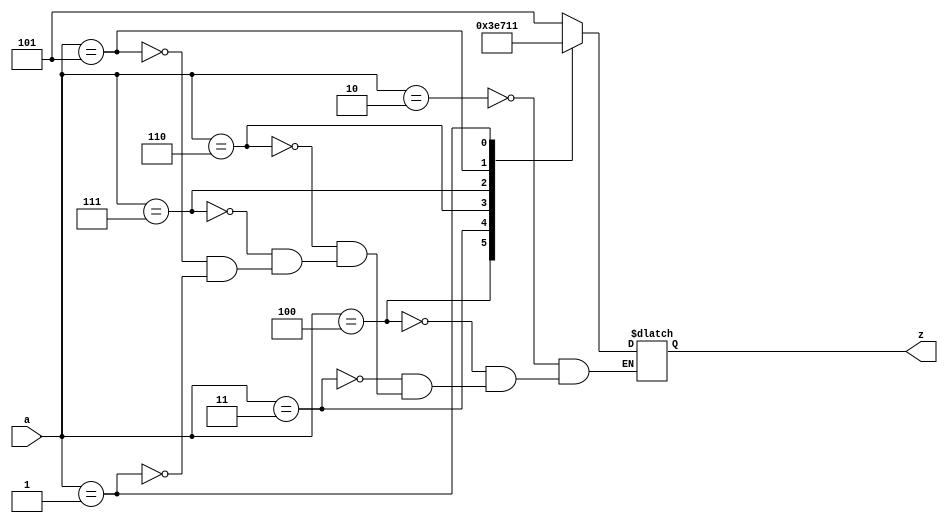

`timescale 1ns/100ps

module gf8inv(
    input       [2:0] a,
    output  reg [2:0] z
);
always @(*)
begin
    case (a)
        3'd  2 : z = 3'd  5; 
        3'd  4 : z = 3'd  7; 
        3'd  3 : z = 3'd  6; 
        3'd  6 : z = 3'd  3; 
        3'd  7 : z = 3'd  4; 
        3'd  5 : z = 3'd  2; 
        3'd  1 : z = 3'd  1; 
    endcase
end
endmodule


module gf16inv(
    input       [3:0] a,
    output  reg [3:0] z
);
always @(*)
begin
    case (a)
        4'd  2 : z = 4'd  9; 
        4'd  4 : z = 4'd 13; 
        4'd  8 : z = 4'd 15; 
        4'd  3 : z = 4'd 14; 
        4'd  6 : z = 4'd  7; 
        4'd 12 : z = 4'd 10; 
        4'd 11 : z = 4'd  5; 
        4'd  5 : z = 4'd 11; 
        4'd 10 : z = 4'd 12; 
        4'd  7 : z = 4'd  6; 
        4'd 14 : z = 4'd  3; 
        4'd 15 : z = 4'd  8; 
        4'd 13 : z = 4'd  4; 
        4'd  9 : z = 4'd  2; 
        4'd  1 : z = 4'd  1; 
    endcase
end
endmodule


module gf32inv(
    input       [4:0] a,
    output  reg [4:0] z
);
always @(*)
begin
    case (a)
        5'd  2 : z = 5'd 18; 
        5'd  4 : z = 5'd  9; 
        5'd  8 : z = 5'd 22; 
        5'd 16 : z = 5'd 11; 
        5'd  5 : z = 5'd 23; 
        5'd 10 : z = 5'd 25; 
        5'd 20 : z = 5'd 30; 
        5'd 13 : z = 5'd 15; 
        5'd 26 : z = 5'd 21; 
        5'd 17 : z = 5'd 24; 
        5'd  7 : z = 5'd 12; 
        5'd 14 : z = 5'd  6; 
        5'd 28 : z = 5'd  3; 
        5'd 29 : z = 5'd 19; 
        5'd 31 : z = 5'd 27; 
        5'd 27 : z = 5'd 31; 
        5'd 19 : z = 5'd 29; 
        5'd  3 : z = 5'd 28; 
        5'd  6 : z = 5'd 14; 
        5'd 12 : z = 5'd  7; 
        5'd 24 : z = 5'd 17; 
        5'd 21 : z = 5'd 26; 
        5'd 15 : z = 5'd 13; 
        5'd 30 : z = 5'd 20; 
        5'd 25 : z = 5'd 10; 
        5'd 23 : z = 5'd  5; 
        5'd 11 : z = 5'd 16; 
        5'd 22 : z = 5'd  8; 
        5'd  9 : z = 5'd  4; 
        5'd 18 : z = 5'd  2; 
        5'd  1 : z = 5'd  1; 
    endcase
end
endmodule


module gf128inv(
    input       [6:0] a,
    output  reg [6:0] z
);
always @(*)
begin
    case (a)
        7'd  2 : z = 7'd 68; 
        7'd  4 : z = 7'd 34; 
        7'd  8 : z = 7'd 17; 
        7'd 16 : z = 7'd 76; 
        7'd 32 : z = 7'd 38; 
        7'd 64 : z = 7'd 19; 
        7'd  9 : z = 7'd 77; 
        7'd 18 : z = 7'd 98; 
        7'd 36 : z = 7'd 49; 
        7'd 72 : z = 7'd 92; 
        7'd 25 : z = 7'd 46; 
        7'd 50 : z = 7'd 23; 
        7'd100 : z = 7'd 79; 
        7'd 65 : z = 7'd 99; 
        7'd 11 : z = 7'd117; 
        7'd 22 : z = 7'd126; 
        7'd 44 : z = 7'd 63; 
        7'd 88 : z = 7'd 91; 
        7'd 57 : z = 7'd105; 
        7'd114 : z = 7'd112; 
        7'd109 : z = 7'd 56; 
        7'd 83 : z = 7'd 28; 
        7'd 47 : z = 7'd 14; 
        7'd 94 : z = 7'd  7; 
        7'd 53 : z = 7'd 71; 
        7'd106 : z = 7'd103; 
        7'd 93 : z = 7'd119; 
        7'd 51 : z = 7'd127; 
        7'd102 : z = 7'd123; 
        7'd 69 : z = 7'd121; 
        7'd  3 : z = 7'd120; 
        7'd  6 : z = 7'd 60; 
        7'd 12 : z = 7'd 30; 
        7'd 24 : z = 7'd 15; 
        7'd 48 : z = 7'd 67; 
        7'd 96 : z = 7'd101; 
        7'd 73 : z = 7'd118; 
        7'd 27 : z = 7'd 59; 
        7'd 54 : z = 7'd 89; 
        7'd108 : z = 7'd104; 
        7'd 81 : z = 7'd 52; 
        7'd 43 : z = 7'd 26; 
        7'd 86 : z = 7'd 13; 
        7'd 37 : z = 7'd 66; 
        7'd 74 : z = 7'd 33; 
        7'd 29 : z = 7'd 84; 
        7'd 58 : z = 7'd 42; 
        7'd116 : z = 7'd 21; 
        7'd 97 : z = 7'd 78; 
        7'd 75 : z = 7'd 39; 
        7'd 31 : z = 7'd 87; 
        7'd 62 : z = 7'd111; 
        7'd124 : z = 7'd115; 
        7'd113 : z = 7'd125; 
        7'd107 : z = 7'd122; 
        7'd 95 : z = 7'd 61; 
        7'd 55 : z = 7'd 90; 
        7'd110 : z = 7'd 45; 
        7'd 85 : z = 7'd 82; 
        7'd 35 : z = 7'd 41; 
        7'd 70 : z = 7'd 80; 
        7'd  5 : z = 7'd 40; 
        7'd 10 : z = 7'd 20; 
        7'd 20 : z = 7'd 10; 
        7'd 40 : z = 7'd  5; 
        7'd 80 : z = 7'd 70; 
        7'd 41 : z = 7'd 35; 
        7'd 82 : z = 7'd 85; 
        7'd 45 : z = 7'd110; 
        7'd 90 : z = 7'd 55; 
        7'd 61 : z = 7'd 95; 
        7'd122 : z = 7'd107; 
        7'd125 : z = 7'd113; 
        7'd115 : z = 7'd124; 
        7'd111 : z = 7'd 62; 
        7'd 87 : z = 7'd 31; 
        7'd 39 : z = 7'd 75; 
        7'd 78 : z = 7'd 97; 
        7'd 21 : z = 7'd116; 
        7'd 42 : z = 7'd 58; 
        7'd 84 : z = 7'd 29; 
        7'd 33 : z = 7'd 74; 
        7'd 66 : z = 7'd 37; 
        7'd 13 : z = 7'd 86; 
        7'd 26 : z = 7'd 43; 
        7'd 52 : z = 7'd 81; 
        7'd104 : z = 7'd108; 
        7'd 89 : z = 7'd 54; 
        7'd 59 : z = 7'd 27; 
        7'd118 : z = 7'd 73; 
        7'd101 : z = 7'd 96; 
        7'd 67 : z = 7'd 48; 
        7'd 15 : z = 7'd 24; 
        7'd 30 : z = 7'd 12; 
        7'd 60 : z = 7'd  6; 
        7'd120 : z = 7'd  3; 
        7'd121 : z = 7'd 69; 
        7'd123 : z = 7'd102; 
        7'd127 : z = 7'd 51; 
        7'd119 : z = 7'd 93; 
        7'd103 : z = 7'd106; 
        7'd 71 : z = 7'd 53; 
        7'd  7 : z = 7'd 94; 
        7'd 14 : z = 7'd 47; 
        7'd 28 : z = 7'd 83; 
        7'd 56 : z = 7'd109; 
        7'd112 : z = 7'd114; 
        7'd105 : z = 7'd 57; 
        7'd 91 : z = 7'd 88; 
        7'd 63 : z = 7'd 44; 
        7'd126 : z = 7'd 22; 
        7'd117 : z = 7'd 11; 
        7'd 99 : z = 7'd 65; 
        7'd 79 : z = 7'd100; 
        7'd 23 : z = 7'd 50; 
        7'd 46 : z = 7'd 25; 
        7'd 92 : z = 7'd 72; 
        7'd 49 : z = 7'd 36; 
        7'd 98 : z = 7'd 18; 
        7'd 77 : z = 7'd  9; 
        7'd 19 : z = 7'd 64; 
        7'd 38 : z = 7'd 32; 
        7'd 76 : z = 7'd 16; 
        7'd 17 : z = 7'd  8; 
        7'd 34 : z = 7'd  4; 
        7'd 68 : z = 7'd  2; 
        7'd  1 : z = 7'd  1; 
    endcase
end
endmodule


module gf64inv(
    input       [5:0] a,
    output  reg [5:0] z
);
always @(*)
begin
    case (a)
        6'd  2 : z = 6'd 33; 
        6'd  4 : z = 6'd 49; 
        6'd  8 : z = 6'd 57; 
        6'd 16 : z = 6'd 61; 
        6'd 32 : z = 6'd 63; 
        6'd  3 : z = 6'd 62; 
        6'd  6 : z = 6'd 31; 
        6'd 12 : z = 6'd 46; 
        6'd 24 : z = 6'd 23; 
        6'd 48 : z = 6'd 42; 
        6'd 35 : z = 6'd 21; 
        6'd  5 : z = 6'd 43; 
        6'd 10 : z = 6'd 52; 
        6'd 20 : z = 6'd 26; 
        6'd 40 : z = 6'd 13; 
        6'd 19 : z = 6'd 39; 
        6'd 38 : z = 6'd 50; 
        6'd 15 : z = 6'd 25; 
        6'd 30 : z = 6'd 45; 
        6'd 60 : z = 6'd 55; 
        6'd 59 : z = 6'd 58; 
        6'd 53 : z = 6'd 29; 
        6'd 41 : z = 6'd 47; 
        6'd 17 : z = 6'd 54; 
        6'd 34 : z = 6'd 27; 
        6'd  7 : z = 6'd 44; 
        6'd 14 : z = 6'd 22; 
        6'd 28 : z = 6'd 11; 
        6'd 56 : z = 6'd 36; 
        6'd 51 : z = 6'd 18; 
        6'd 37 : z = 6'd  9; 
        6'd  9 : z = 6'd 37; 
        6'd 18 : z = 6'd 51; 
        6'd 36 : z = 6'd 56; 
        6'd 11 : z = 6'd 28; 
        6'd 22 : z = 6'd 14; 
        6'd 44 : z = 6'd  7; 
        6'd 27 : z = 6'd 34; 
        6'd 54 : z = 6'd 17; 
        6'd 47 : z = 6'd 41; 
        6'd 29 : z = 6'd 53; 
        6'd 58 : z = 6'd 59; 
        6'd 55 : z = 6'd 60; 
        6'd 45 : z = 6'd 30; 
        6'd 25 : z = 6'd 15; 
        6'd 50 : z = 6'd 38; 
        6'd 39 : z = 6'd 19; 
        6'd 13 : z = 6'd 40; 
        6'd 26 : z = 6'd 20; 
        6'd 52 : z = 6'd 10; 
        6'd 43 : z = 6'd  5; 
        6'd 21 : z = 6'd 35; 
        6'd 42 : z = 6'd 48; 
        6'd 23 : z = 6'd 24; 
        6'd 46 : z = 6'd 12; 
        6'd 31 : z = 6'd  6; 
        6'd 62 : z = 6'd  3; 
        6'd 63 : z = 6'd 32; 
        6'd 61 : z = 6'd 16; 
        6'd 57 : z = 6'd  8; 
        6'd 49 : z = 6'd  4; 
        6'd 33 : z = 6'd  2; 
        6'd  1 : z = 6'd  1; 
    endcase
end
endmodule


module gf256inv(
    input       [7:0] a,
    output  reg [7:0] z
);
always @(*)
begin
    case (a)
        8'd  2 : z = 8'd142; 
        8'd  4 : z = 8'd 71; 
        8'd  8 : z = 8'd173; 
        8'd 16 : z = 8'd216; 
        8'd 32 : z = 8'd108; 
        8'd 64 : z = 8'd 54; 
        8'd128 : z = 8'd 27; 
        8'd 29 : z = 8'd131; 
        8'd 58 : z = 8'd207; 
        8'd116 : z = 8'd233; 
        8'd232 : z = 8'd250; 
        8'd205 : z = 8'd125; 
        8'd135 : z = 8'd176; 
        8'd 19 : z = 8'd 88; 
        8'd 38 : z = 8'd 44; 
        8'd 76 : z = 8'd 22; 
        8'd152 : z = 8'd 11; 
        8'd 45 : z = 8'd139; 
        8'd 90 : z = 8'd203; 
        8'd180 : z = 8'd235; 
        8'd117 : z = 8'd251; 
        8'd234 : z = 8'd243; 
        8'd201 : z = 8'd247; 
        8'd143 : z = 8'd245; 
        8'd  3 : z = 8'd244; 
        8'd  6 : z = 8'd122; 
        8'd 12 : z = 8'd 61; 
        8'd 24 : z = 8'd144; 
        8'd 48 : z = 8'd 72; 
        8'd 96 : z = 8'd 36; 
        8'd192 : z = 8'd 18; 
        8'd157 : z = 8'd  9; 
        8'd 39 : z = 8'd138; 
        8'd 78 : z = 8'd 69; 
        8'd156 : z = 8'd172; 
        8'd 37 : z = 8'd 86; 
        8'd 74 : z = 8'd 43; 
        8'd148 : z = 8'd155; 
        8'd 53 : z = 8'd195; 
        8'd106 : z = 8'd239; 
        8'd212 : z = 8'd249; 
        8'd181 : z = 8'd242; 
        8'd119 : z = 8'd121; 
        8'd238 : z = 8'd178; 
        8'd193 : z = 8'd 89; 
        8'd159 : z = 8'd162; 
        8'd 35 : z = 8'd 81; 
        8'd 70 : z = 8'd166; 
        8'd140 : z = 8'd 83; 
        8'd  5 : z = 8'd167; 
        8'd 10 : z = 8'd221; 
        8'd 20 : z = 8'd224; 
        8'd 40 : z = 8'd112; 
        8'd 80 : z = 8'd 56; 
        8'd160 : z = 8'd 28; 
        8'd 93 : z = 8'd 14; 
        8'd186 : z = 8'd  7; 
        8'd105 : z = 8'd141; 
        8'd210 : z = 8'd200; 
        8'd185 : z = 8'd100; 
        8'd111 : z = 8'd 50; 
        8'd222 : z = 8'd 25; 
        8'd161 : z = 8'd130; 
        8'd 95 : z = 8'd 65; 
        8'd190 : z = 8'd174; 
        8'd 97 : z = 8'd 87; 
        8'd194 : z = 8'd165; 
        8'd153 : z = 8'd220; 
        8'd 47 : z = 8'd110; 
        8'd 94 : z = 8'd 55; 
        8'd188 : z = 8'd149; 
        8'd101 : z = 8'd196; 
        8'd202 : z = 8'd 98; 
        8'd137 : z = 8'd 49; 
        8'd 15 : z = 8'd150; 
        8'd 30 : z = 8'd 75; 
        8'd 60 : z = 8'd171; 
        8'd120 : z = 8'd219; 
        8'd240 : z = 8'd227; 
        8'd253 : z = 8'd255; 
        8'd231 : z = 8'd241; 
        8'd211 : z = 8'd246; 
        8'd187 : z = 8'd123; 
        8'd107 : z = 8'd179; 
        8'd214 : z = 8'd215; 
        8'd177 : z = 8'd229; 
        8'd127 : z = 8'd252; 
        8'd254 : z = 8'd126; 
        8'd225 : z = 8'd 63; 
        8'd223 : z = 8'd145; 
        8'd163 : z = 8'd198; 
        8'd 91 : z = 8'd 99; 
        8'd182 : z = 8'd191; 
        8'd113 : z = 8'd209; 
        8'd226 : z = 8'd230; 
        8'd217 : z = 8'd115; 
        8'd175 : z = 8'd183; 
        8'd 67 : z = 8'd213; 
        8'd134 : z = 8'd228; 
        8'd 17 : z = 8'd114; 
        8'd 34 : z = 8'd 57; 
        8'd 68 : z = 8'd146; 
        8'd136 : z = 8'd 73; 
        8'd 13 : z = 8'd170; 
        8'd 26 : z = 8'd 85; 
        8'd 52 : z = 8'd164; 
        8'd104 : z = 8'd 82; 
        8'd208 : z = 8'd 41; 
        8'd189 : z = 8'd154; 
        8'd103 : z = 8'd 77; 
        8'd206 : z = 8'd168; 
        8'd129 : z = 8'd 84; 
        8'd 31 : z = 8'd 42; 
        8'd 62 : z = 8'd 21; 
        8'd124 : z = 8'd132; 
        8'd248 : z = 8'd 66; 
        8'd237 : z = 8'd 33; 
        8'd199 : z = 8'd158; 
        8'd147 : z = 8'd 79; 
        8'd 59 : z = 8'd169; 
        8'd118 : z = 8'd218; 
        8'd236 : z = 8'd109; 
        8'd197 : z = 8'd184; 
        8'd151 : z = 8'd 92; 
        8'd 51 : z = 8'd 46; 
        8'd102 : z = 8'd 23; 
        8'd204 : z = 8'd133; 
        8'd133 : z = 8'd204; 
        8'd 23 : z = 8'd102; 
        8'd 46 : z = 8'd 51; 
        8'd 92 : z = 8'd151; 
        8'd184 : z = 8'd197; 
        8'd109 : z = 8'd236; 
        8'd218 : z = 8'd118; 
        8'd169 : z = 8'd 59; 
        8'd 79 : z = 8'd147; 
        8'd158 : z = 8'd199; 
        8'd 33 : z = 8'd237; 
        8'd 66 : z = 8'd248; 
        8'd132 : z = 8'd124; 
        8'd 21 : z = 8'd 62; 
        8'd 42 : z = 8'd 31; 
        8'd 84 : z = 8'd129; 
        8'd168 : z = 8'd206; 
        8'd 77 : z = 8'd103; 
        8'd154 : z = 8'd189; 
        8'd 41 : z = 8'd208; 
        8'd 82 : z = 8'd104; 
        8'd164 : z = 8'd 52; 
        8'd 85 : z = 8'd 26; 
        8'd170 : z = 8'd 13; 
        8'd 73 : z = 8'd136; 
        8'd146 : z = 8'd 68; 
        8'd 57 : z = 8'd 34; 
        8'd114 : z = 8'd 17; 
        8'd228 : z = 8'd134; 
        8'd213 : z = 8'd 67; 
        8'd183 : z = 8'd175; 
        8'd115 : z = 8'd217; 
        8'd230 : z = 8'd226; 
        8'd209 : z = 8'd113; 
        8'd191 : z = 8'd182; 
        8'd 99 : z = 8'd 91; 
        8'd198 : z = 8'd163; 
        8'd145 : z = 8'd223; 
        8'd 63 : z = 8'd225; 
        8'd126 : z = 8'd254; 
        8'd252 : z = 8'd127; 
        8'd229 : z = 8'd177; 
        8'd215 : z = 8'd214; 
        8'd179 : z = 8'd107; 
        8'd123 : z = 8'd187; 
        8'd246 : z = 8'd211; 
        8'd241 : z = 8'd231; 
        8'd255 : z = 8'd253; 
        8'd227 : z = 8'd240; 
        8'd219 : z = 8'd120; 
        8'd171 : z = 8'd 60; 
        8'd 75 : z = 8'd 30; 
        8'd150 : z = 8'd 15; 
        8'd 49 : z = 8'd137; 
        8'd 98 : z = 8'd202; 
        8'd196 : z = 8'd101; 
        8'd149 : z = 8'd188; 
        8'd 55 : z = 8'd 94; 
        8'd110 : z = 8'd 47; 
        8'd220 : z = 8'd153; 
        8'd165 : z = 8'd194; 
        8'd 87 : z = 8'd 97; 
        8'd174 : z = 8'd190; 
        8'd 65 : z = 8'd 95; 
        8'd130 : z = 8'd161; 
        8'd 25 : z = 8'd222; 
        8'd 50 : z = 8'd111; 
        8'd100 : z = 8'd185; 
        8'd200 : z = 8'd210; 
        8'd141 : z = 8'd105; 
        8'd  7 : z = 8'd186; 
        8'd 14 : z = 8'd 93; 
        8'd 28 : z = 8'd160; 
        8'd 56 : z = 8'd 80; 
        8'd112 : z = 8'd 40; 
        8'd224 : z = 8'd 20; 
        8'd221 : z = 8'd 10; 
        8'd167 : z = 8'd  5; 
        8'd 83 : z = 8'd140; 
        8'd166 : z = 8'd 70; 
        8'd 81 : z = 8'd 35; 
        8'd162 : z = 8'd159; 
        8'd 89 : z = 8'd193; 
        8'd178 : z = 8'd238; 
        8'd121 : z = 8'd119; 
        8'd242 : z = 8'd181; 
        8'd249 : z = 8'd212; 
        8'd239 : z = 8'd106; 
        8'd195 : z = 8'd 53; 
        8'd155 : z = 8'd148; 
        8'd 43 : z = 8'd 74; 
        8'd 86 : z = 8'd 37; 
        8'd172 : z = 8'd156; 
        8'd 69 : z = 8'd 78; 
        8'd138 : z = 8'd 39; 
        8'd  9 : z = 8'd157; 
        8'd 18 : z = 8'd192; 
        8'd 36 : z = 8'd 96; 
        8'd 72 : z = 8'd 48; 
        8'd144 : z = 8'd 24; 
        8'd 61 : z = 8'd 12; 
        8'd122 : z = 8'd  6; 
        8'd244 : z = 8'd  3; 
        8'd245 : z = 8'd143; 
        8'd247 : z = 8'd201; 
        8'd243 : z = 8'd234; 
        8'd251 : z = 8'd117; 
        8'd235 : z = 8'd180; 
        8'd203 : z = 8'd 90; 
        8'd139 : z = 8'd 45; 
        8'd 11 : z = 8'd152; 
        8'd 22 : z = 8'd 76; 
        8'd 44 : z = 8'd 38; 
        8'd 88 : z = 8'd 19; 
        8'd176 : z = 8'd135; 
        8'd125 : z = 8'd205; 
        8'd250 : z = 8'd232; 
        8'd233 : z = 8'd116; 
        8'd207 : z = 8'd 58; 
        8'd131 : z = 8'd 29; 
        8'd 27 : z = 8'd128; 
        8'd 54 : z = 8'd 64; 
        8'd108 : z = 8'd 32; 
        8'd216 : z = 8'd 16; 
        8'd173 : z = 8'd  8; 
        8'd 71 : z = 8'd  4; 
        8'd142 : z = 8'd  2; 
        8'd  1 : z = 8'd  1; 

    endcase
end
endmodule

/*
`timescale 1ns/100ps
module gf256inv(
       input [7:0] a,
       output reg [7:0] z
       );
                                                                             
always @( * ) begin
  case (a) 
	8'h00: z = 8'h00;   //actually, there are no inverse for 0.
	8'h02: z = 8'h8e;   //a^1
	8'h04: z = 8'h47;   //a^2
	8'h08: z = 8'had;
	8'h10: z = 8'hd8;
	8'h20: z = 8'h6c;
	8'h40: z = 8'h36;
	8'h80: z = 8'h1b;
	8'h1d: z = 8'h83;
	8'h3a: z = 8'hcf;
	8'h74: z = 8'he9;
	8'he8: z = 8'hfa;
	8'hcd: z = 8'h7d;
	8'h87: z = 8'hb0;
	8'h13: z = 8'h58;
	8'h26: z = 8'h2c;
	8'h4c: z = 8'h16;
	8'h98: z = 8'h0b;
	8'h2d: z = 8'h8b;
	8'h5a: z = 8'hcb;
	8'hb4: z = 8'heb;
	8'h75: z = 8'hfb;
	8'hea: z = 8'hf3;
	8'hc9: z = 8'hf7;
	8'h8f: z = 8'hf5;
	8'h03: z = 8'hf4;
	8'h06: z = 8'h7a;
	8'h0c: z = 8'h3d;
	8'h18: z = 8'h90;
	8'h30: z = 8'h48;
	8'h60: z = 8'h24;
	8'hc0: z = 8'h12;
	8'h9d: z = 8'h09;
	8'h27: z = 8'h8a;
	8'h4e: z = 8'h45;
	8'h9c: z = 8'hac;
	8'h25: z = 8'h56;
	8'h4a: z = 8'h2b;
	8'h94: z = 8'h9b;
	8'h35: z = 8'hc3;
	8'h6a: z = 8'hef;
	8'hd4: z = 8'hf9;
	8'hb5: z = 8'hf2;
	8'h77: z = 8'h79;
	8'hee: z = 8'hb2;
	8'hc1: z = 8'h59;
	8'h9f: z = 8'ha2;
	8'h23: z = 8'h51;
	8'h46: z = 8'ha6;
	8'h8c: z = 8'h53;
	8'h05: z = 8'ha7;
	8'h0a: z = 8'hdd;
	8'h14: z = 8'he0;
	8'h28: z = 8'h70;
	8'h50: z = 8'h38;
	8'ha0: z = 8'h1c;
	8'h5d: z = 8'h0e;
	8'hba: z = 8'h07;
	8'h69: z = 8'h8d;
	8'hd2: z = 8'hc8;
	8'hb9: z = 8'h64;
	8'h6f: z = 8'h32;
	8'hde: z = 8'h19;
	8'ha1: z = 8'h82;
	8'h5f: z = 8'h41;
	8'hbe: z = 8'hae;
	8'h61: z = 8'h57;
	8'hc2: z = 8'ha5;
	8'h99: z = 8'hdc;
	8'h2f: z = 8'h6e;
	8'h5e: z = 8'h37;
	8'hbc: z = 8'h95;
	8'h65: z = 8'hc4;
	8'hca: z = 8'h62;
	8'h89: z = 8'h31;
	8'h0f: z = 8'h96;
	8'h1e: z = 8'h4b;
	8'h3c: z = 8'hab;
	8'h78: z = 8'hdb;
	8'hf0: z = 8'he3;
	8'hfd: z = 8'hff;
	8'he7: z = 8'hf1;
	8'hd3: z = 8'hf6;
	8'hbb: z = 8'h7b;
	8'h6b: z = 8'hb3;
	8'hd6: z = 8'hd7;
	8'hb1: z = 8'he5;
	8'h7f: z = 8'hfc;
	8'hfe: z = 8'h7e;
	8'he1: z = 8'h3f;
	8'hdf: z = 8'h91;
	8'ha3: z = 8'hc6;
	8'h5b: z = 8'h63;
	8'hb6: z = 8'hbf;
	8'h71: z = 8'hd1;
	8'he2: z = 8'he6;
	8'hd9: z = 8'h73;
	8'haf: z = 8'hb7;
	8'h43: z = 8'hd5;
	8'h86: z = 8'he4;
	8'h11: z = 8'h72;
	8'h22: z = 8'h39;
	8'h44: z = 8'h92;
	8'h88: z = 8'h49;
	8'h0d: z = 8'haa;
	8'h1a: z = 8'h55;
	8'h34: z = 8'ha4;
	8'h68: z = 8'h52;
	8'hd0: z = 8'h29;
	8'hbd: z = 8'h9a;
	8'h67: z = 8'h4d;
	8'hce: z = 8'ha8;
	8'h81: z = 8'h54;
	8'h1f: z = 8'h2a;
	8'h3e: z = 8'h15;
	8'h7c: z = 8'h84;
	8'hf8: z = 8'h42;
	8'hed: z = 8'h21;
	8'hc7: z = 8'h9e;
	8'h93: z = 8'h4f;
	8'h3b: z = 8'ha9;
	8'h76: z = 8'hda;
	8'hec: z = 8'h6d;
	8'hc5: z = 8'hb8;
	8'h97: z = 8'h5c;
	8'h33: z = 8'h2e;
	8'h66: z = 8'h17;
	8'hcc: z = 8'h85;
	8'h85: z = 8'hcc;
	8'h17: z = 8'h66;
	8'h2e: z = 8'h33;
	8'h5c: z = 8'h97;
	8'hb8: z = 8'hc5;
	8'h6d: z = 8'hec;
	8'hda: z = 8'h76;
	8'ha9: z = 8'h3b;
	8'h4f: z = 8'h93;
	8'h9e: z = 8'hc7;
	8'h21: z = 8'hed;
	8'h42: z = 8'hf8;
	8'h84: z = 8'h7c;
	8'h15: z = 8'h3e;
	8'h2a: z = 8'h1f;
	8'h54: z = 8'h81;
	8'ha8: z = 8'hce;
	8'h4d: z = 8'h67;
	8'h9a: z = 8'hbd;
	8'h29: z = 8'hd0;
	8'h52: z = 8'h68;
	8'ha4: z = 8'h34;
	8'h55: z = 8'h1a;
	8'haa: z = 8'h0d;
	8'h49: z = 8'h88;
	8'h92: z = 8'h44;
	8'h39: z = 8'h22;
	8'h72: z = 8'h11;
	8'he4: z = 8'h86;
	8'hd5: z = 8'h43;
	8'hb7: z = 8'haf;
	8'h73: z = 8'hd9;
	8'he6: z = 8'he2;
	8'hd1: z = 8'h71;
	8'hbf: z = 8'hb6;
	8'h63: z = 8'h5b;
	8'hc6: z = 8'ha3;
	8'h91: z = 8'hdf;
	8'h3f: z = 8'he1;
	8'h7e: z = 8'hfe;
	8'hfc: z = 8'h7f;
	8'he5: z = 8'hb1;
	8'hd7: z = 8'hd6;
	8'hb3: z = 8'h6b;
	8'h7b: z = 8'hbb;
	8'hf6: z = 8'hd3;
	8'hf1: z = 8'he7;
	8'hff: z = 8'hfd;
	8'he3: z = 8'hf0;
	8'hdb: z = 8'h78;
	8'hab: z = 8'h3c;
	8'h4b: z = 8'h1e;
	8'h96: z = 8'h0f;
	8'h31: z = 8'h89;
	8'h62: z = 8'hca;
	8'hc4: z = 8'h65;
	8'h95: z = 8'hbc;
	8'h37: z = 8'h5e;
	8'h6e: z = 8'h2f;
	8'hdc: z = 8'h99;
	8'ha5: z = 8'hc2;
	8'h57: z = 8'h61;
	8'hae: z = 8'hbe;
	8'h41: z = 8'h5f;
	8'h82: z = 8'ha1;
	8'h19: z = 8'hde;
	8'h32: z = 8'h6f;
	8'h64: z = 8'hb9;
	8'hc8: z = 8'hd2;
	8'h8d: z = 8'h69;
	8'h07: z = 8'hba;
	8'h0e: z = 8'h5d;
	8'h1c: z = 8'ha0;
	8'h38: z = 8'h50;
	8'h70: z = 8'h28;
	8'he0: z = 8'h14;
	8'hdd: z = 8'h0a;
	8'ha7: z = 8'h05;
	8'h53: z = 8'h8c;
	8'ha6: z = 8'h46;
	8'h51: z = 8'h23;
	8'ha2: z = 8'h9f;
	8'h59: z = 8'hc1;
	8'hb2: z = 8'hee;
	8'h79: z = 8'h77;
	8'hf2: z = 8'hb5;
	8'hf9: z = 8'hd4;
	8'hef: z = 8'h6a;
	8'hc3: z = 8'h35;
	8'h9b: z = 8'h94;
	8'h2b: z = 8'h4a;
	8'h56: z = 8'h25;
	8'hac: z = 8'h9c;
	8'h45: z = 8'h4e;
	8'h8a: z = 8'h27;
	8'h09: z = 8'h9d;
	8'h12: z = 8'hc0;
	8'h24: z = 8'h60;
	8'h48: z = 8'h30;
	8'h90: z = 8'h18;
	8'h3d: z = 8'h0c;
	8'h7a: z = 8'h06;
	8'hf4: z = 8'h03;
	8'hf5: z = 8'h8f;
	8'hf7: z = 8'hc9;
	8'hf3: z = 8'hea;
	8'hfb: z = 8'h75;
	8'heb: z = 8'hb4;
	8'hcb: z = 8'h5a;
	8'h8b: z = 8'h2d;
	8'h0b: z = 8'h98;
	8'h16: z = 8'h4c;
	8'h2c: z = 8'h26;
	8'h58: z = 8'h13;
	8'hb0: z = 8'h87;
	8'h7d: z = 8'hcd;
	8'hfa: z = 8'he8;
	8'he9: z = 8'h74;
	8'hcf: z = 8'h3a;
	8'h83: z = 8'h1d;
	8'h1b: z = 8'h80;
	8'h36: z = 8'h40;
	8'h6c: z = 8'h20;
	8'hd8: z = 8'h10;
	8'had: z = 8'h08;
	8'h47: z = 8'h04;
	8'h8e: z = 8'h02;
	8'h01: z = 8'h01;
endcase
end


endmodule

*/